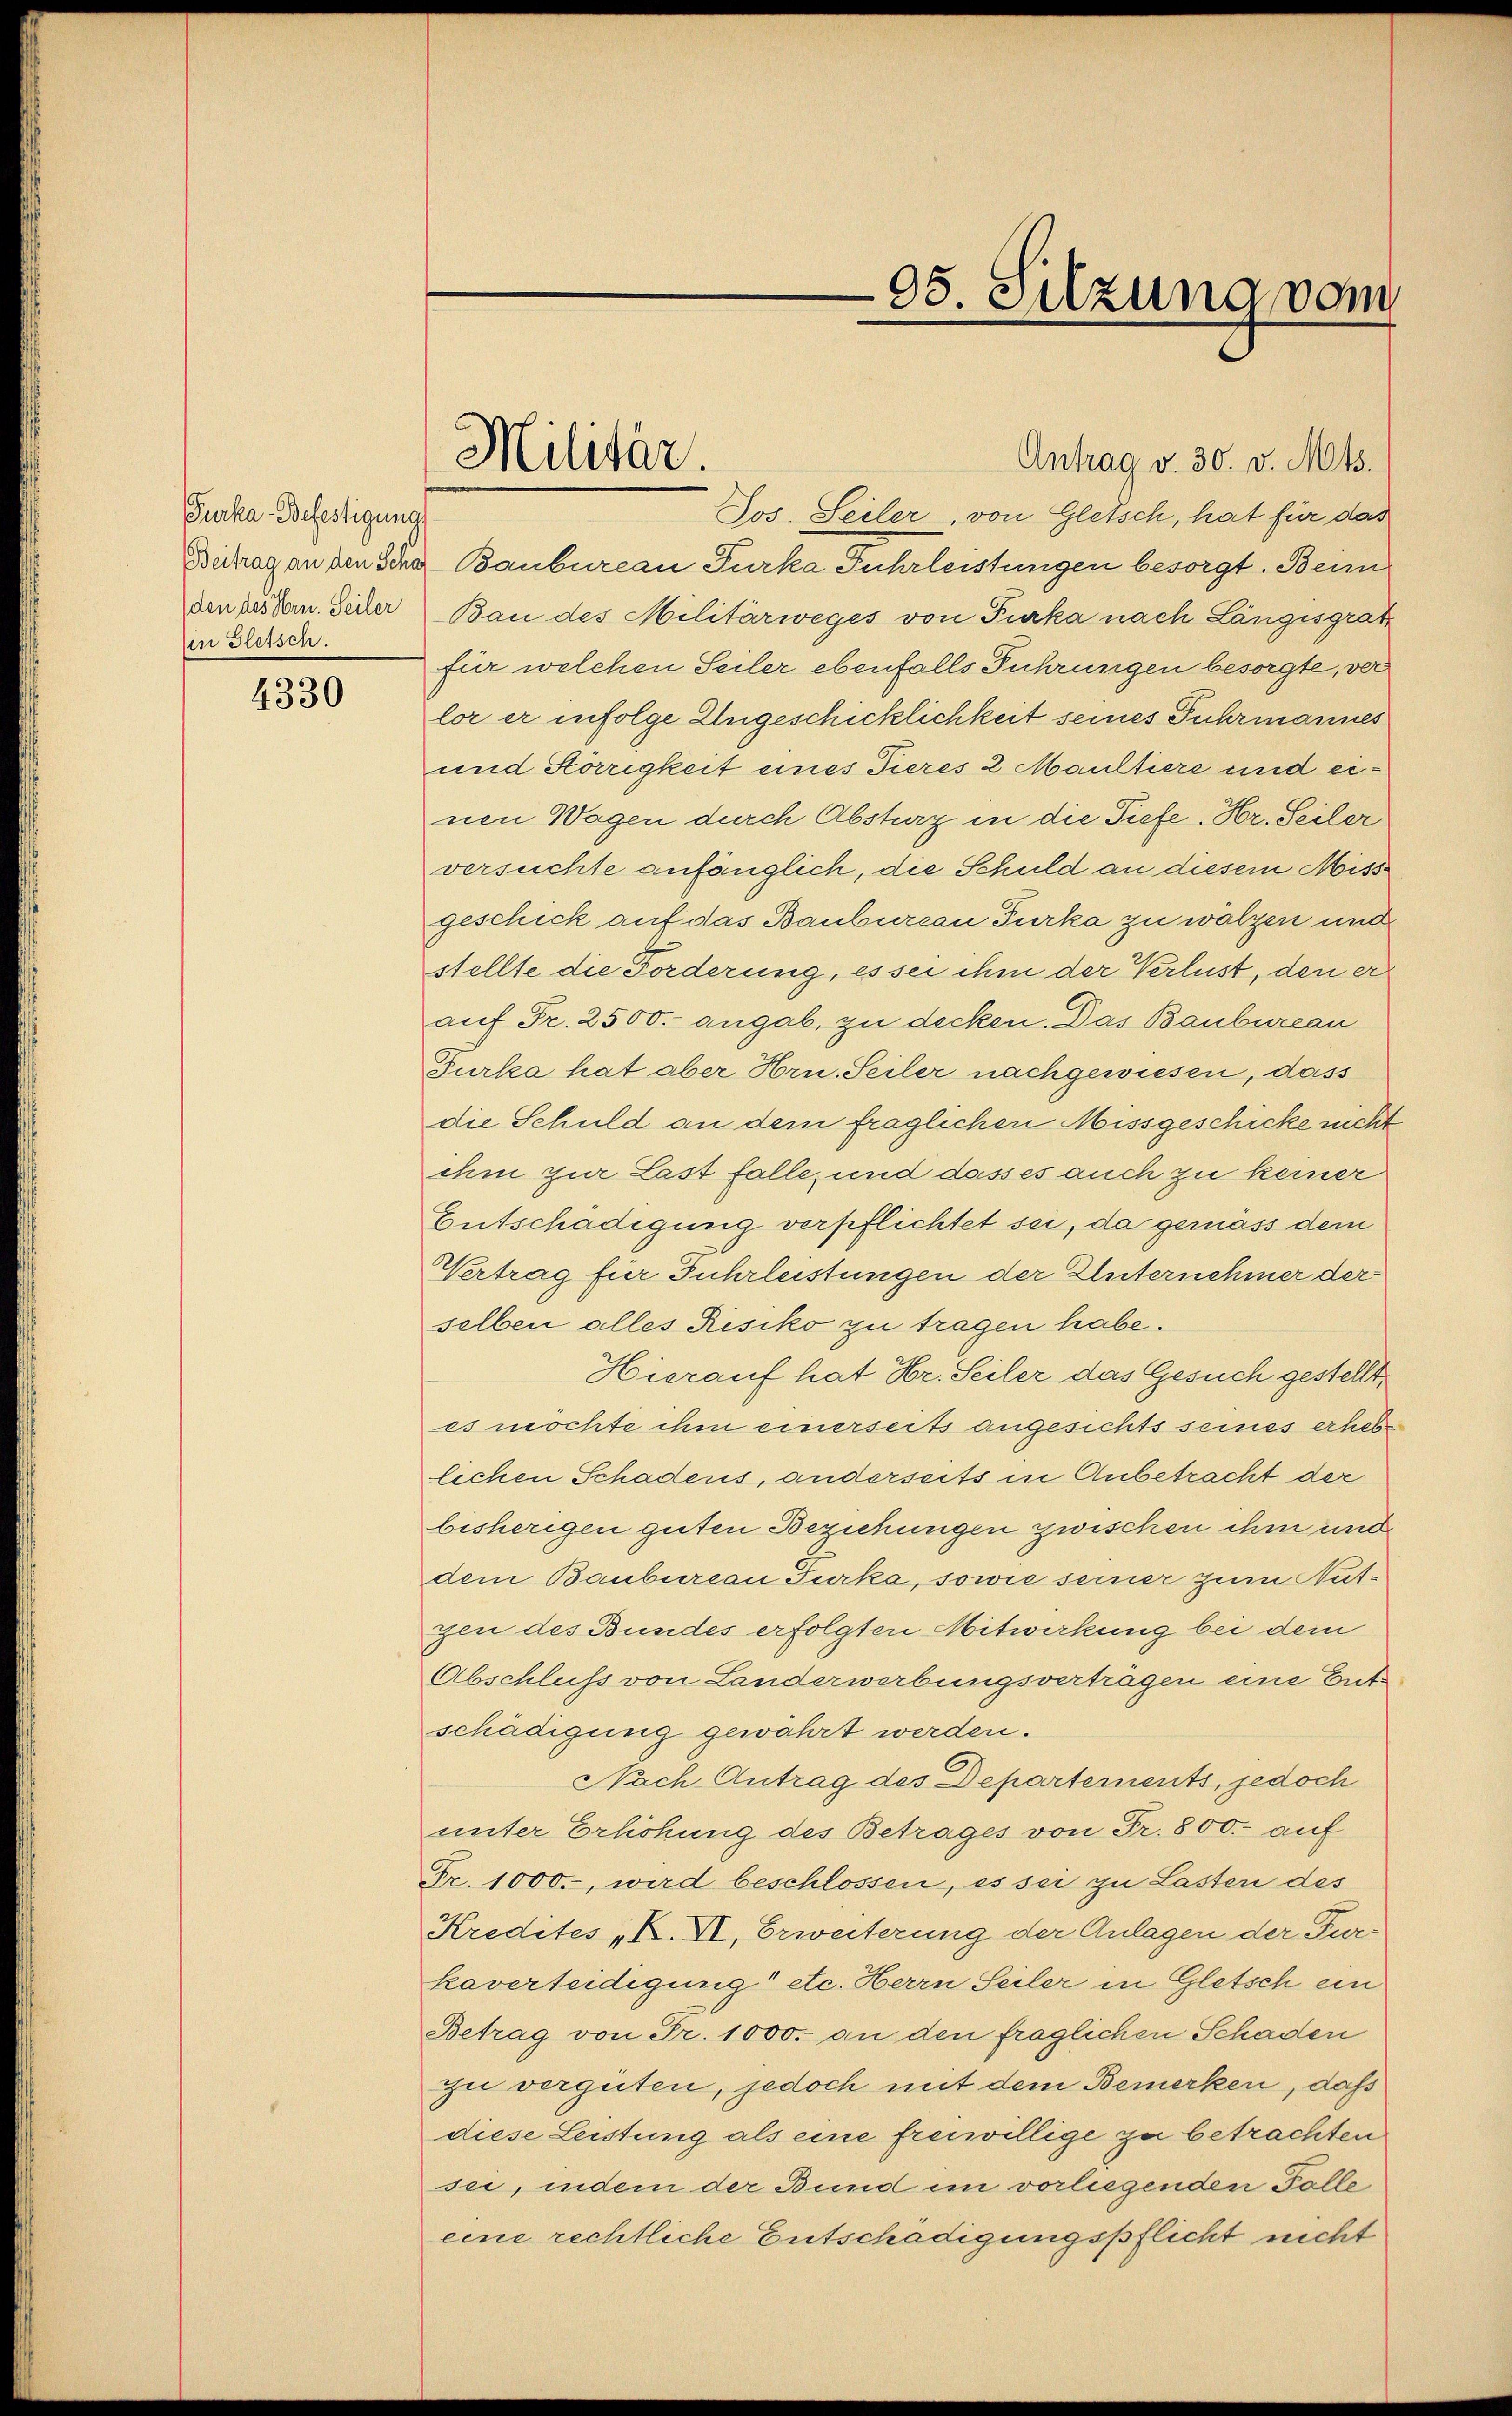
Furka Befestigung
in Gletsch.

4330

Militär.

95. Sitzung vom

Antrag v. 30. v. Mts.
Jos. Seiler, von Gletsch, hat für das
Butrag an den Schaf Baubureau Furka Fuhrleistungen besorgt. Beim
den des von Jeder Bau des Militärweges von Furka nach Langsgrat
für welchen Seiler ebenfalls Führungen besorgte, ver
lor er infolge Ungeschicklichkeit seines Fuhrmannes
und Hörigkeit eines Tieres 2 Maultiere und einen Wagen durch Absturz in die Tiefe. Hr. Seiler
versuchte anfänglich, die Schuld an diesem Miss
geschick auf das Baubureau Furka zu wälzen und
stellte die Forderung, es sei ihm der Verlust, den er
auf Fr. 2500.- angab, zu decken. Das Baubureau
Furka hat aber Hrn. Seiler nachgewiesen, dass
die Schuld an dem fraglichen Missgeschicke nicht
ihm zur Last falle, und dasses auch zu keiner
Entschädigung verpflichtet sei, da gemäss dem
Vertrag für Fuhrleistungen der Unternehmer der
selben alles Risiko zu tragen habe.
Hierauf hat Hr. Seiler das Gesuch gestellt,
es möchte ihm einerseits angesichts seines erhebe
lichen Schadens, anderseits in Anbetracht der
bisherigen guten Beziehungen zwischen ihm und
dem Baubureau Furka, sowie seiner zum Nutyen des Bundes erfolgten Mitwirkung bei dem
Abschluß von Landerwerbungsverträgen eine Entschädigung gewährt werden.
Nach Antrag des Departements, jedoch
unter Erhöhung des Betrages von Fr. 800. auf
Fr. 1000., wird beschlossen, es sei zu Lasten des
Kredites „K. VI, Erweiterung der Anlagen der Fur-
kaverteidigung etc. Herrn Seiler in Gletsch ein
Betrag von Fr. 1000. an den fraglichen Schaden
zu vergüten, jedoch mit dem Bemerken, daß
diese Leistung als eine freiwillige zu betrachten
sei, indem der Bund im vorliegenden Folle
eine rechtliche Entschädigungspflicht nicht